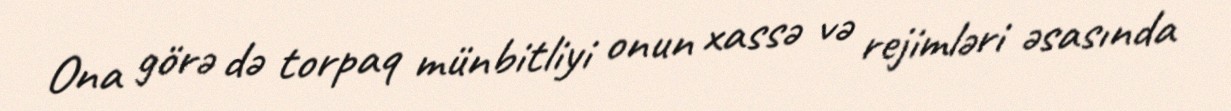
Ona görə də torpaq münbitliyi onun xassə və rejimləri əsasında